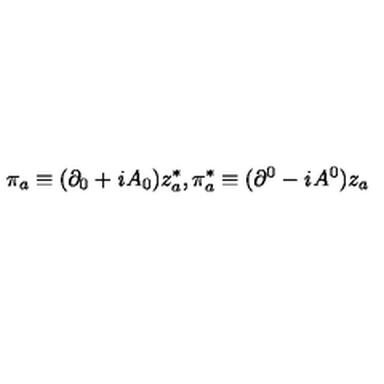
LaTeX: \pi _ { a } \equiv ( \partial _ { 0 } + { \it i } A _ { 0 } ) z _ { a } ^ { * } , \pi _ { a } ^ { * } \equiv ( \partial ^ { 0 } - { \it i } A ^ { 0 } ) z _ { a }